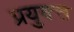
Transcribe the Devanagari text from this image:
प्रयुक्त्त